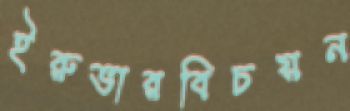
ইরুভারবিচয়ন